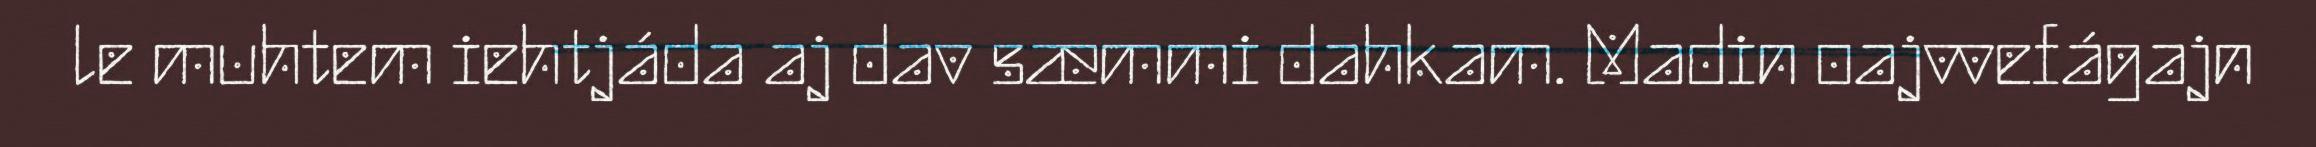
le muhtem iehtjáda aj dav sæmmi dahkam. Madin oajvvefágajn